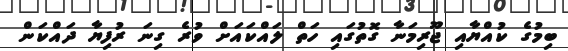
ބިމުގެ ކުއްޔާއި ޖޫރިމަނާ ގޮތުގައި ހަތް ލައްކައަށް ވުރެ ގިނަ ރުފިޔާ ދައްކަން